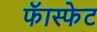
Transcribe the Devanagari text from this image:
फॅास्फेट